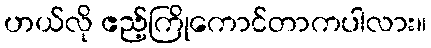
ဟယ်လို ဧည့်ကြိုကောင်တာကပါလား။